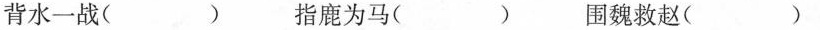
背水一战( ) 指鹿为马( ) 围魏救赵( )